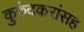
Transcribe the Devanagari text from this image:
कुरुंदकरांसह